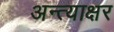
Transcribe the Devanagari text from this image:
अन्त्याक्षर